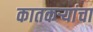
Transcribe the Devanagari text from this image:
कातकऱ्यांचा